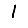
Digit: 1